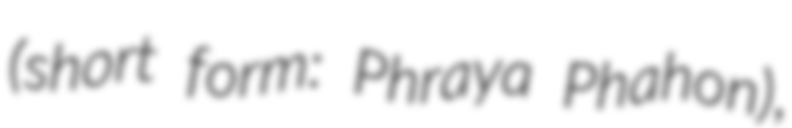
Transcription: (short form: Phraya Phahon),